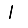
Digit: 1